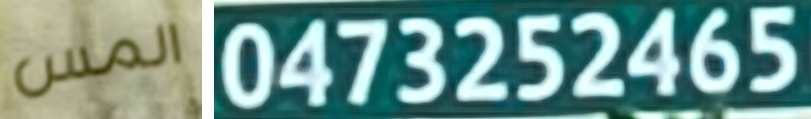
المس 0473252465